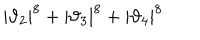
LaTeX: | \vartheta _ { 2 } | ^ { 8 } + | \vartheta _ { 3 } | ^ { 8 } + | \vartheta _ { 4 } | ^ { 8 }